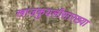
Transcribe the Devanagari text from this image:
खाजकुयलीसारख्या